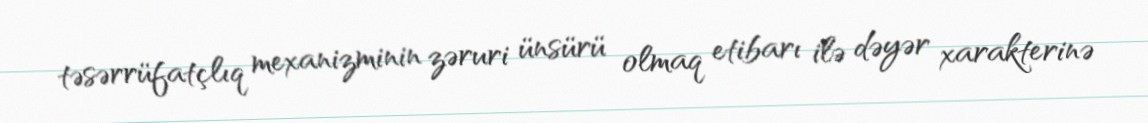
təsərrüfatçlıq mexanizminin zəruri ünsürü olmaq etibarı ilə dəyər xarakterinə